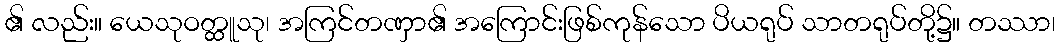
၏ လည်း။ ယေသုဝတ္ထူသု၊ အကြင်တဏှာ၏ အကြောင်းဖြစ်ကုန်သော ပိယရုပ် သာတရုပ်တို့၌။ တဿာ၊